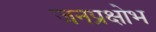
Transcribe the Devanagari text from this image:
जनप्रक्षोभ